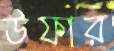
উফার